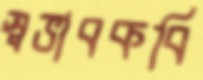
স্বভাবকবি